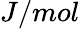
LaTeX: J/mol